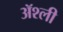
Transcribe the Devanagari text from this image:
ॲश्ली